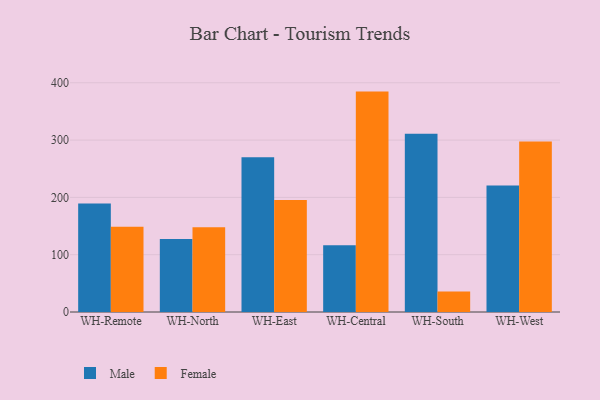
{"axis": {"x": "Warehouse", "y": "Satisfaction Score"}, "legend": ["Female", "Male"], "data": [{"x": "WH-Remote", "y": 189.5, "type": "Male"}, {"x": "WH-Remote", "y": 148.9, "type": "Female"}, {"x": "WH-North", "y": 127.5, "type": "Male"}, {"x": "WH-North", "y": 147.8, "type": "Female"}, {"x": "WH-East", "y": 270.2, "type": "Male"}, {"x": "WH-East", "y": 195.5, "type": "Female"}, {"x": "WH-Central", "y": 116.5, "type": "Male"}, {"x": "WH-Central", "y": 384.6, "type": "Female"}, {"x": "WH-South", "y": 311.1, "type": "Male"}, {"x": "WH-South", "y": 35.9, "type": "Female"}, {"x": "WH-West", "y": 220.7, "type": "Male"}, {"x": "WH-West", "y": 297.7, "type": "Female"}]}